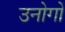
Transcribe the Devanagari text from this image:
उनोगों